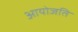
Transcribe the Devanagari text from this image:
आयोजति